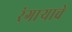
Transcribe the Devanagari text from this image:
रंगाऱ्याचे